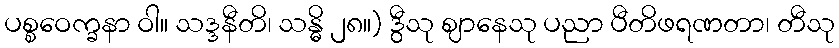
ပစ္စဝေက္ခနာ ဝါ။ သဒ္ဒနီတိ၊ သန္ဓိ ၂၈။) ဒွီသု ဈာနေသု ပညာ ပီတိဖရဏတာ၊ တီသု